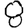
Digit: 8